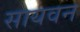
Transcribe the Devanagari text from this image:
सायवन